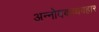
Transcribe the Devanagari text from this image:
अन्नोदकव्यवहार